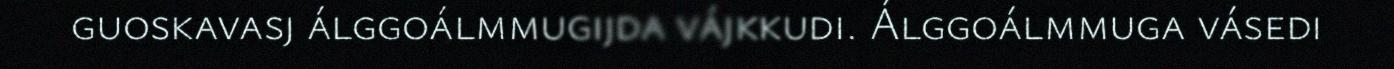
guoskavasj álggoálmmugijda vájkkudi. Álggoálmmuga vásedi